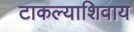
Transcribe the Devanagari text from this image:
टाकल्याशिवाय